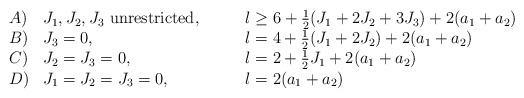
LaTeX: \begin{align*} \begin{array}{lll} A) & J_1,J_2,J_3\mbox{ unrestricted,} \qquad & l \geq 6 + \frac{1}{2}(J_1+2 J_2+3 J_3) + 2(a_1+a_2) \\ B) & J_3 = 0, \qquad & l = 4 + \frac{1}{2} (J_1+2 J_2)+ 2(a_1+a_2) \\ C) & J_2=J_3=0, \qquad & l = 2 + \frac{1}{2} J_1 + 2(a_1+a_2) \\ D) & J_1=J_2=J_3=0,\qquad & l = 2 (a_1+a_2) \end{array}\end{align*}